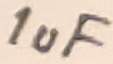
Text: 1uF